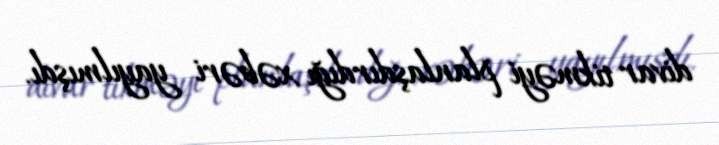
divar tikməyi planlaşdırdığı xəbəri yayılmışdı.